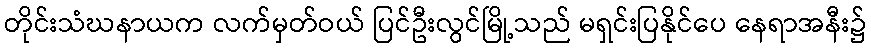
တိုင်းသံဃနာယက လက်မှတ်ဝယ် ပြင်ဦးလွင်မြို့သည် မရှင်းပြနိုင်ပေ နေရာအနီး၌